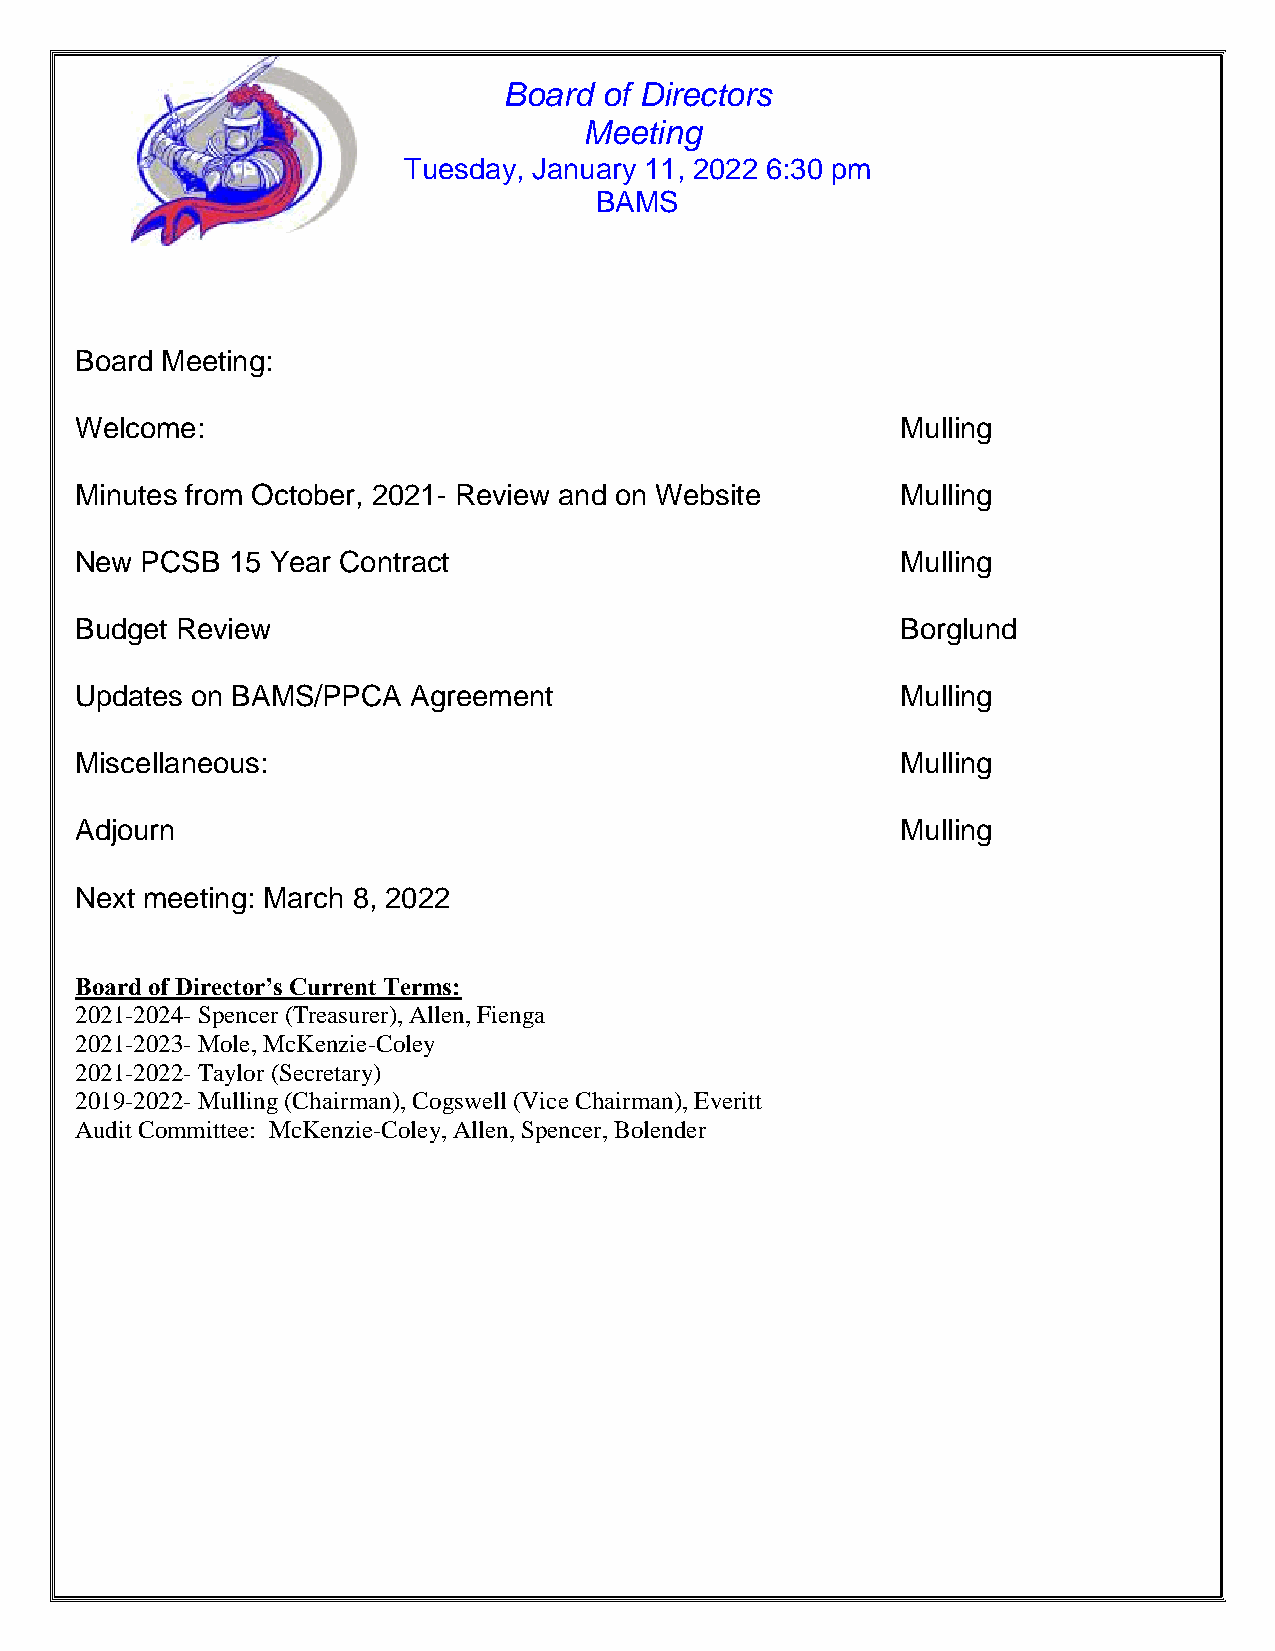
Board  of Directors
 Meeting
 Tuesday, January 11, 2022 6:30 pm
 BAMS
 Board Meeting:
 Welcome:                                               Mulling
 Minutes from October, 2021- Review and on Website      Mulling
 New PCSB  15 Year Contract                             Mulling
 Budget Review                                          Borglund
 Updates on BAMS/PPCA  Agreement                        Mulling
 Miscellaneous:                                         Mulling
 Adjourn                                                Mulling
 Next meeting: March 8, 2022
 Board of Director’s Current Terms:
 2021-2024- Spencer (Treasurer), Allen, Fienga
 2021-2023- Mole, McKenzie-Coley
 2021-2022- Taylor (Secretary)
 2019-2022- Mulling (Chairman), Cogswell (Vice Chairman), Everitt
 Audit Committee: McKenzie-Coley, Allen, Spencer, Bolender